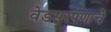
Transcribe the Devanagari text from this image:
वेडसरपणाचे